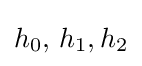
h_{0},\!\ h_{1},h_{2}